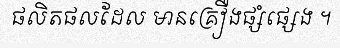
ផលិតផលដែល មានគ្រឿងផ្សំផ្សេង ។